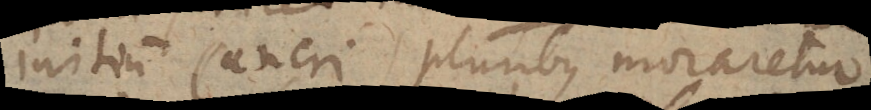
initium Cancri pluribus moraretur